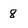
Character: 8